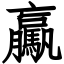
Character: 驘